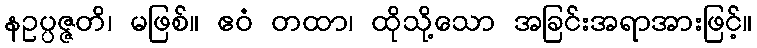
နဥပ္ပဇ္ဇတိ၊ မဖြစ်။ ဧဝံ တထာ၊ ထိုသို့သော အခြင်းအရာအားဖြင့်။